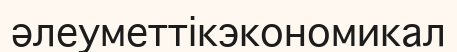
әлеуметтікэкономикал